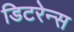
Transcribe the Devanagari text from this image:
डिटरेन्स